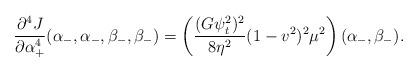
LaTeX: \begin{align*} \frac{\partial^4J}{\partial\alpha_+^4}(\alpha_-,\alpha_-,\beta_-,\beta_-)=\left(\frac{(G\psi_t^2)^2}{8\eta^2}(1-v^2)^2\mu^2\right)(\alpha_-,\beta_-).\end{align*}